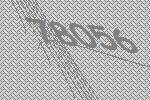
78056